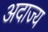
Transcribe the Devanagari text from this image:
अदाज्य